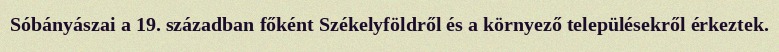
Sóbányászai a 19. században főként Székelyföldről és a környező településekről érkeztek.